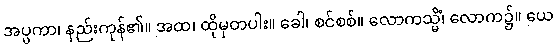
အပ္ပကာ၊ နည်းကုန်၏။ အထ၊ ထိုမှတပါး။ ခေါ၊ စင်စစ်။ လောကသ္မိံ၊ လောက၌။ ယေ